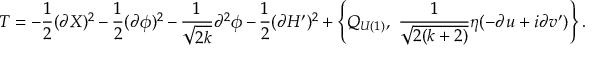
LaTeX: T = - \frac { 1 } { 2 } ( \partial X ) ^ { 2 } - \frac { 1 } { 2 } ( \partial \phi ) ^ { 2 } - \frac { 1 } { \sqrt { 2 k } } \partial ^ { 2 } \phi - \frac { 1 } { 2 } ( \partial H ^ { \prime } ) ^ { 2 } + \left\{ Q _ { U ( 1 ) } , ~ \frac { 1 } { \sqrt { 2 ( k + 2 ) } } \eta ( - \partial u + i \partial v ^ { \prime } ) \right\} .